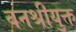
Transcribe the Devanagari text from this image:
वनश्रीयुक्त